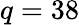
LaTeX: q=38